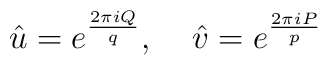
\hat{u} = e^{\frac{2\pi i Q}{q}}, \;\;\;\;  \hat{v} = e^{\frac{2 \pi i P}{p}}